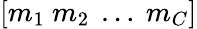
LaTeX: [m_{1}\ m_{2}\ \dots\ m_{C}]